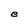
Character: e